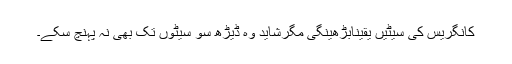
کانگریس کی سیٹیں یقیناًبڑھینگی مگرشاید وہ ڈیڑھ سو سیٹوں تک بھی نہ پہنچ سکے۔